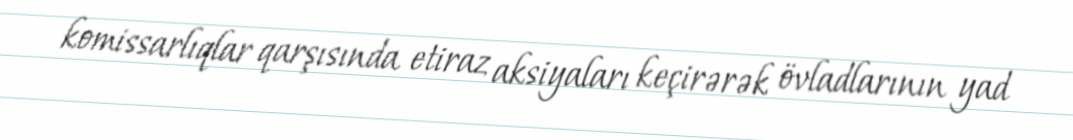
komissarlıqlar qarşısında etiraz aksiyaları keçirərək övladlarının yad